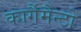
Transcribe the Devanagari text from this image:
कार्गैमैन्टो